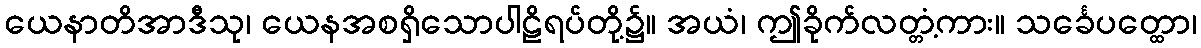
ယေနာတိအာဒီသု၊ ယေနအစရှိသောပါဠိရပ်တို့၌။ အယံ၊ ဤခိုက်လတ္တံ့ကား။ သင်္ခေပတ္ထော၊